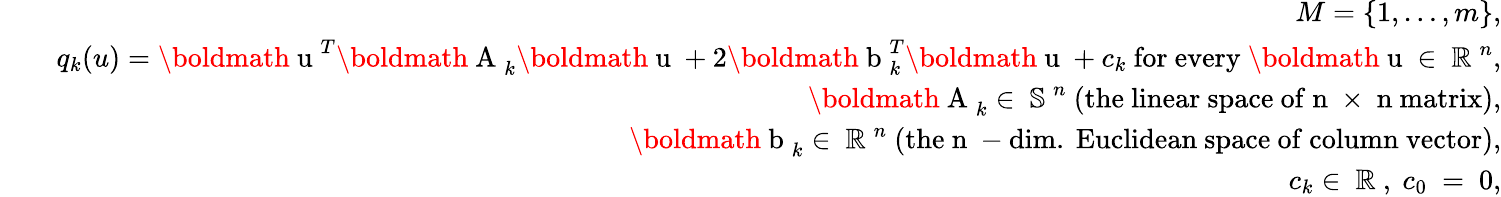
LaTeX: \begin{array}{rlr}&{}&{M=\{ 1,\ldots,m\} ,}\\ &{}&{q_{k}(u)=\mathrm{\boldmath~u~}^{T}\mathrm{\boldmath~A~}_{k}\mathrm{\boldmath~u~}+2\mathrm{\boldmath~b~}_{k}^{T}\mathrm{\boldmath~u~}+c_{k}\ \mathrm{for~every~}\mathrm{\boldmath~u~}\in\mathrm{~\mathbb{R}~}^{n},}\\ &{}&{\mathrm{\boldmath~A~}_{k}\in\mathrm{~\mathbb{S}~}^{n}\ \mathrm{(the~linear~space~of~n~\times~n~matrix)},}\\ &{}&{\mathrm{\boldmath~b~}_{k}\in\mathrm{~\mathbb{R}~}^{n}\ \mathrm{(the~n~-dim.~Euclidean~space~of~column~vector)},}\\ &{}&{c_{k}\in\mathrm{~\mathbb{R}~},\ c_{0}\ =\ 0,}\end{array}